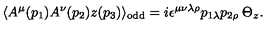
\langle A ^ { \mu } ( p _ { 1 } ) A ^ { \nu } ( p _ { 2 } ) z ( p _ { 3 } ) \rangle _ { \mathrm { o d d } } = i \epsilon ^ { \mu \nu \lambda \rho } p _ { 1 \lambda } p _ { 2 \rho } \: \Theta _ { z } .